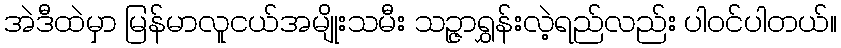
အဲဒီထဲမှာ မြန်မာလူငယ်အမျိုးသမီး သဉ္ဇာရွှန်းလဲ့ရည်လည်း ပါဝင်ပါတယ်။